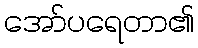
အော်ပရေတာ၏